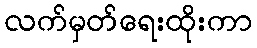
လက်မှတ်ရေးထိုးကာ